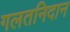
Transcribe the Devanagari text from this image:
गलतनिदान